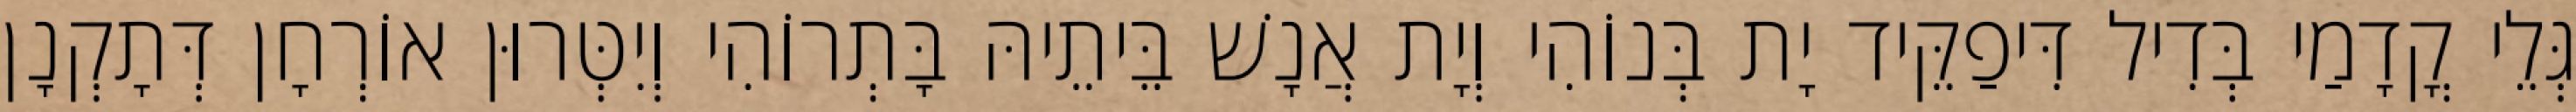
גְּלֵי קֳדָמַי בְּדִיל דִּיפַקֵּיד יָת בְּנוֹהִי וְיָת אֲנָשׁ בֵּיתֵיהּ בָּתְרוֹהִי וְיִטְּרוּן אוֹרְחָן דְּתָקְנָן